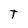
Character: T